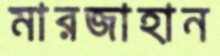
মারজাহান